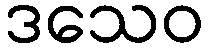
ဒသေဝ